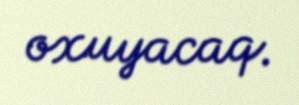
oxuyacaq.